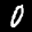
Label: 0